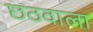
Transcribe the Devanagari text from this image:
छठवाला